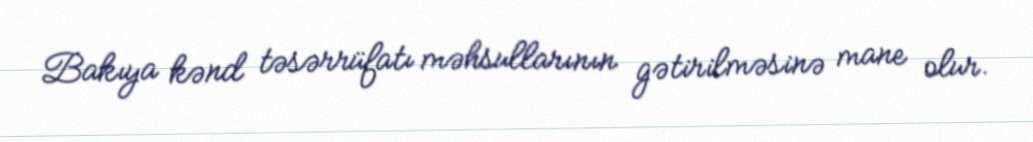
Bakıya kənd təsərrüfatı məhsullarının gətirilməsinə mane olur.